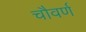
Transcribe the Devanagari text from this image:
चौवर्ण